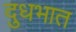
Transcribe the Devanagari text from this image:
दुधभात